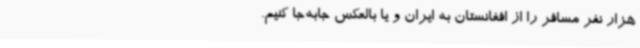
هزار نفر مسافر را از افغانستان به ایران و یا بالعکس جابه‌جا کنیم.